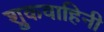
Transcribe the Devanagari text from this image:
श्रुकवाहिनी